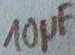
Text: 10µF